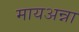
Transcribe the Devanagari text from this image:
मायअन्ना